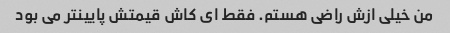
من خیلی ازش راضی هستم. فقط ای کاش قیمتش پایینتر می بود